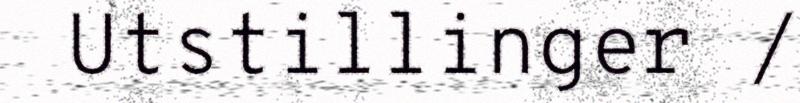
Utstillinger /